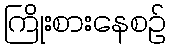
ကြိုးစားနေစဉ်